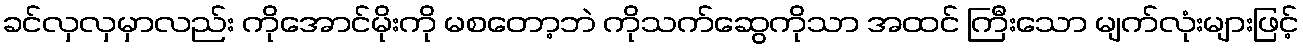
ခင်လှလှမှာလည်း ကိုအောင်မိုးကို မစတော့ဘဲ ကိုသက်ဆွေကိုသာ အထင် ကြီးသော မျက်လုံးများဖြင့်